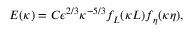
E ( \kappa ) = C \epsilon ^ { 2 / 3 } \kappa ^ { - 5 / 3 } f _ { L } ( \kappa L ) f _ { \eta } ( \kappa \eta ) ,